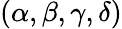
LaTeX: (\alpha,\beta,\gamma,\delta)